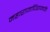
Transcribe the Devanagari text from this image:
महाराजाधिराजपति